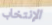
الإنتخاب